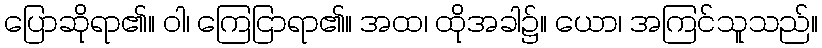
ပြောဆိုရာ၏။ ဝါ၊ ကြေငြာရာ၏။ အထ၊ ထိုအခါ၌။ ယော၊ အကြင်သူသည်။